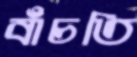
বাঁচতি